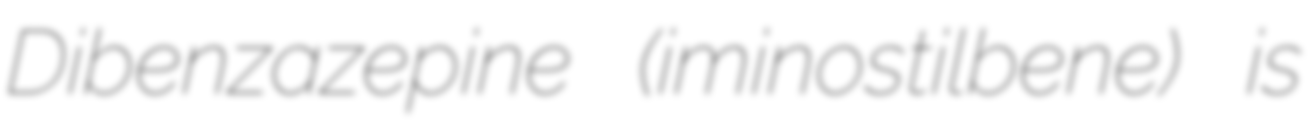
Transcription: Dibenzazepine (iminostilbene) is